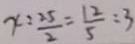
x : \frac { 2 5 } { 2 } = \frac { 1 2 } { 5 } : 3